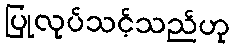
ပြုလုပ်သင့်သည်ဟု